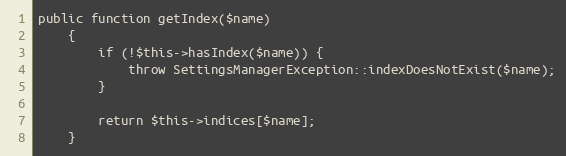
Language: PHP
public function getIndex($name)
    {
        if (!$this->hasIndex($name)) {
            throw SettingsManagerException::indexDoesNotExist($name);
        }

        return $this->indices[$name];
    }